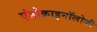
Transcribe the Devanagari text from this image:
एंडोक्राइनॉलोजी